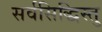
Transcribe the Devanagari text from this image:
सर्वसिद्धिस्तु